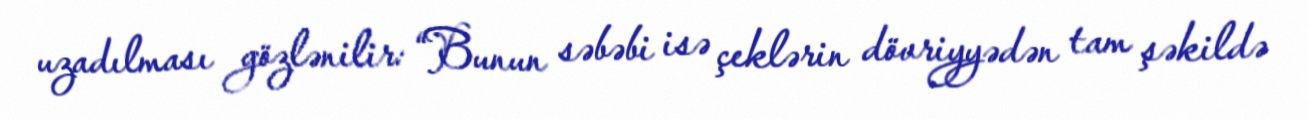
uzadılması gözlənilir: “Bunun səbəbi isə çeklərin dövriyyədən tam şəkildə